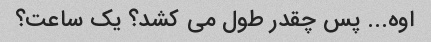
اوه... پس چقدر طول می کشد؟ یک ساعت؟